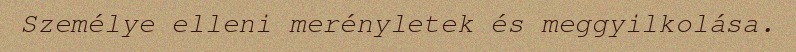
Személye elleni merényletek és meggyilkolása.